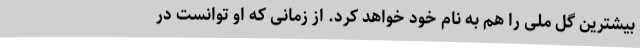
بیشترین گل ملی را هم به نام خود خواهد کرد. از زمانی که او توانست در